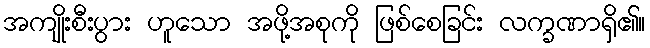
အကျိုးစီးပွား ဟူသော အဖို့အစုကို ဖြစ်စေခြင်း လက္ခဏာရှိ၏။